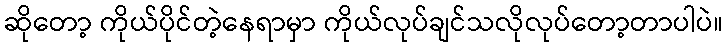
ဆိုတော့ ကိုယ်ပိုင်တဲ့နေရာမှာ ကိုယ်လုပ်ချင်သလိုလုပ်တော့တာပါပဲ။